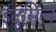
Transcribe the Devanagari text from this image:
इंदुमिल